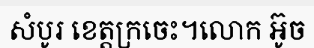
សំបូរ ខេត្តក្រចេះ។លោក អ៊ូច